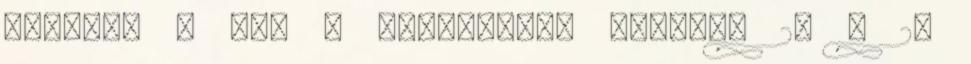
mérete: 8 cm. A csomagolás mérete: 20 x 27